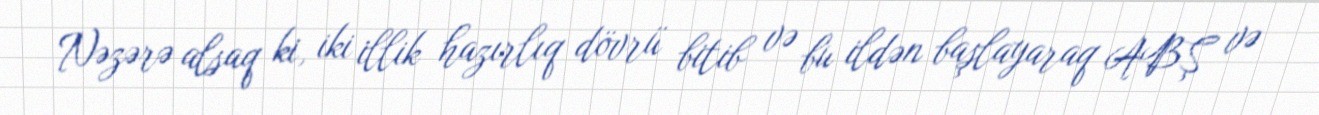
Nəzərə alsaq ki, iki illik hazırlıq dövrü bitib və bu ildən başlayaraq ABŞ və